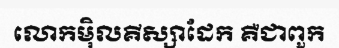
លោកម៉ិលគីស្សាដែក គឺជាពួក